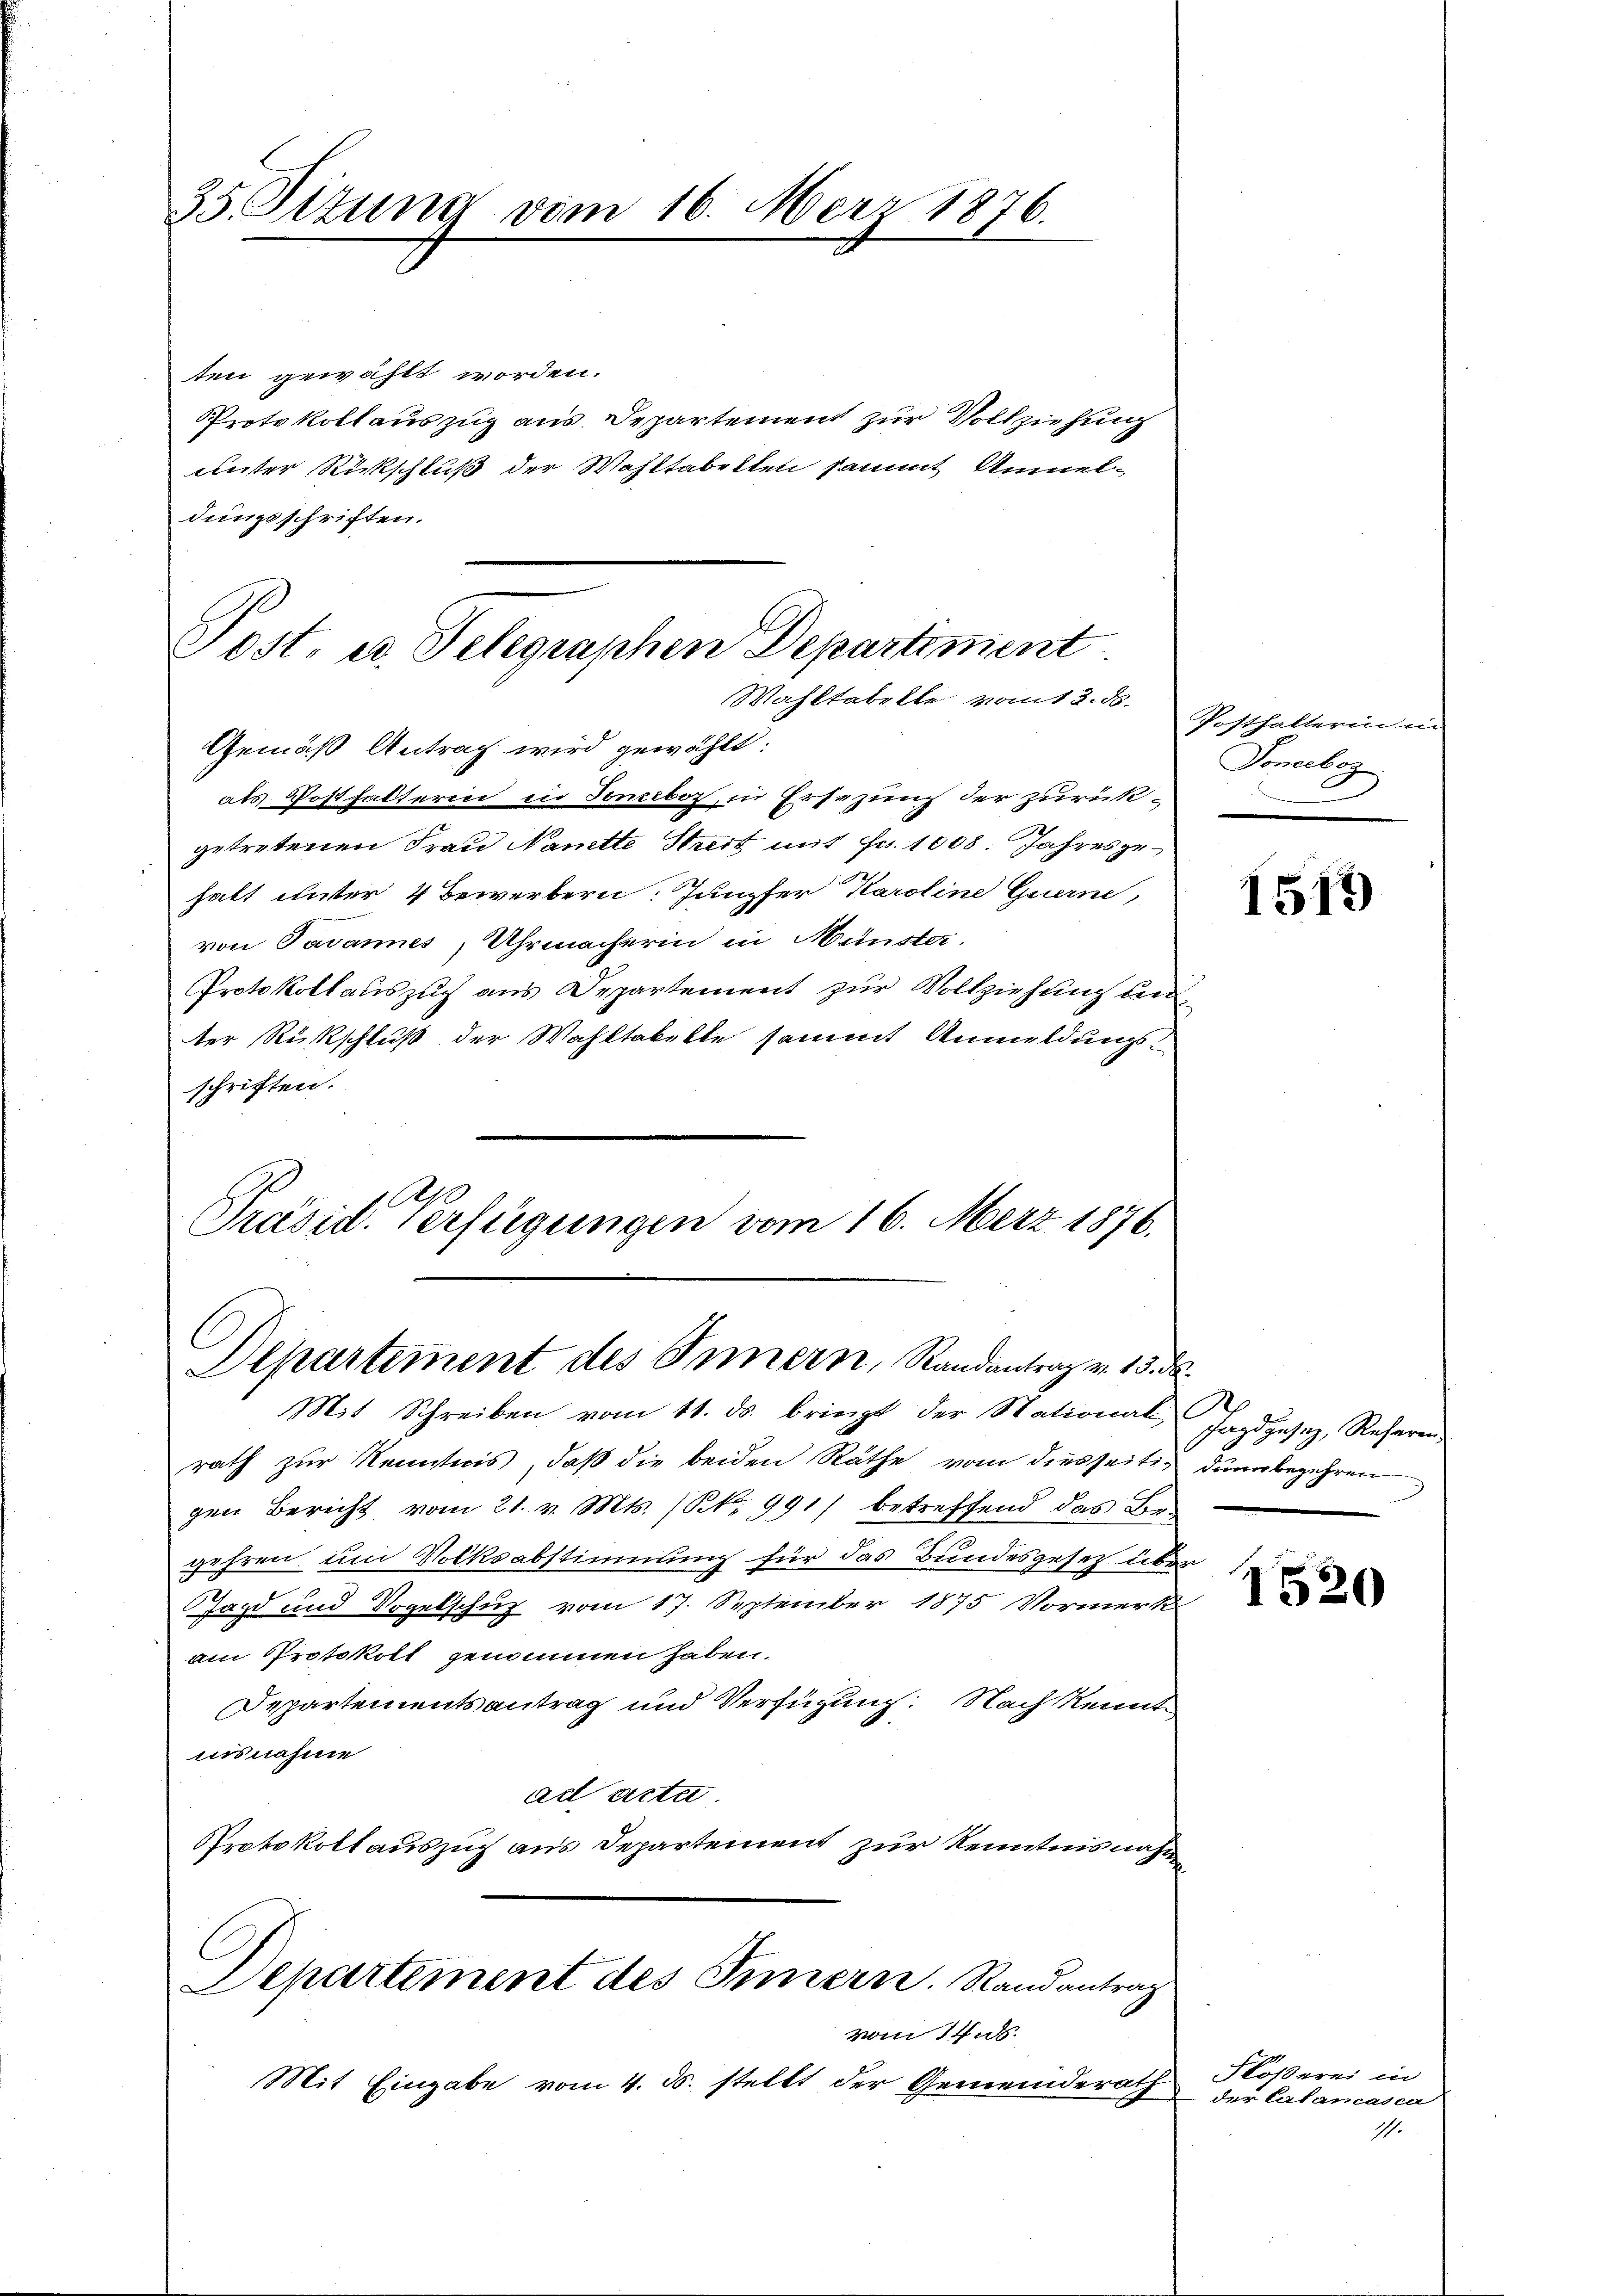
35. Situng vom 16. März 1876.

ten gewählt worden.
Protokollauszug aus Departement zur Vollziehung
unter Rückschluß der Wahltabellen sammt Anmeldungsschriften.
Wahltabelle vom 2. ds.
Gemäß Antrag wird gewählt:
als Posthalterin in Soneboz, in Ersezung der zurück-
getretenen Frau Nantte Streit mit Fr. 1008. Jahresgehalt unter 4 Bewerbern. Jungfer Karoline Guerne,
von Tavannes, Uhrmacherin in Münster.
Protokollauszug aus Departement zur Vollziehung der
ter Rückschluß der Wahltakelte sammt Anmeldungsschriften.
Präsid. Verfügungen vom 16. März 1876.

Post. et. Telegraphen Departiment

Departement des Innern, Randantrag v. 15. ds.

Mit Schreiben vom 11. ds. bringt der National
rath zur Kenntnis, daß die beiden Räthe vom diesseitig dann begehren
gen Bericht vom 21. v. Mts. (S. 991) betreffend das Begehren, um Volksabstimmung für das Bundesgesetz über
Jagd und Vogelschuz vom 17. September 1875 Vormerk
am Protokoll genommen haben.
Departementsantrag und Verfügung: Nach kennt
nisnahme
ad acter
Protokoll auszug aus Departement zur Kenntnisnahm
Departement des Innern. Randantrag
vom 14.
Mit Eingabe vom 4. ds. stellt der Gemeinderath

Posthalterin in
Poneebez

1519

Jagdgesez, Referen

1520

Flößerei in
der Calancasca

11